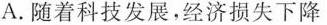
A.随着科技发展，经济损失下降